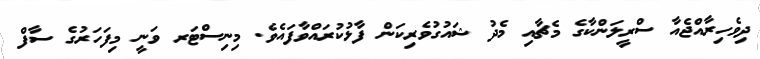
ދިވެހިރާއްޖެއާ ސްރީލަންކާގެ މެޗާއި މެދު ޝައުގުވެރިކަން ފާޅުކުރައްވާފައެވެ. މިނިސްޓަރ ވަނީ މިފަހަރުގެ ސާފް